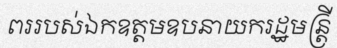
ពររបស់ឯកឧត្តមឧបនាយករដ្ឋមន្ត្រី